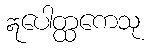
ဣပေါတ္ထကေသု